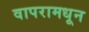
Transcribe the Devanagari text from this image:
वापरामधून